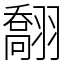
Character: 䎗